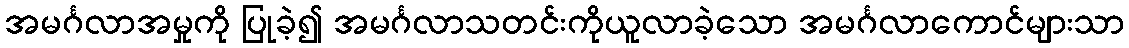
အမင်္ဂလာအမှုကို ပြုခဲ့၍ အမင်္ဂလာသတင်းကိုယူလာခဲ့သော အမင်္ဂလာကောင်များသာ